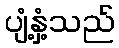
ပျံ့နှံ့သည်